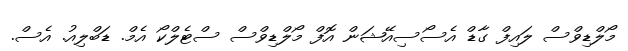
މޯލްޑިވްސް ލައިފް ގާޑް އެސޯސިއޭޝަން އޮފް މޯލްޑިވްސް ސްޓެލްކޯ އެމް. ޑަބްލިއު. އެސް.